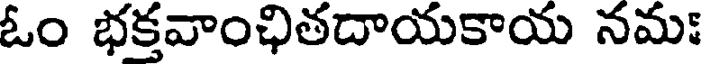
ఓం భక్తవాంఛితదాయకాయ నమః